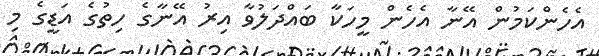
އެހެންކަމުން އޭނާ އެހެން މީހަކާ ބައްދަލުވާ އިރު އޭނާގެ ހިތުގެ އަޑީގެ މި